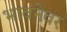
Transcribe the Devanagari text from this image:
भावनेवर